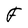
Character: F